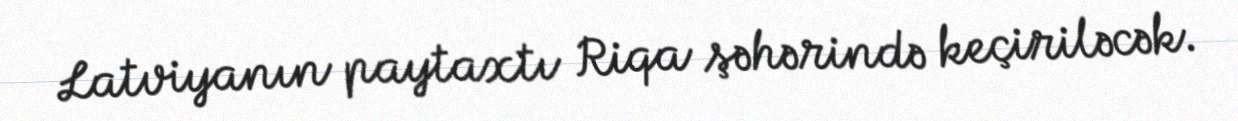
Latviyanın paytaxtı Riqa şəhərində keçiriləcək.